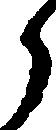
ら